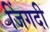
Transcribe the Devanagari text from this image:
जिंगदी